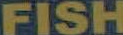
FISH